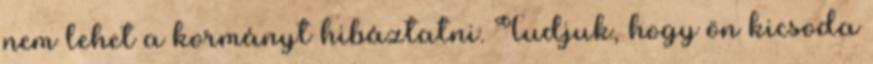
nem lehet a kormányt hibáztatni. Tudjuk, hogy ön kicsoda